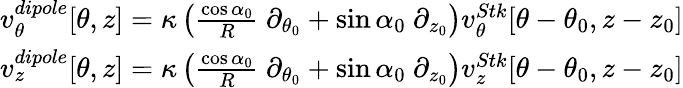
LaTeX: \begin{array}{r}{v_{\theta}^{dipole}[\theta,z]=\kappa\left(\frac{\cos\alpha_{0}}{R}~\partial_{\theta_{0}}+\sin\alpha_{0}~\partial_{z_{0}}\right)v_{\theta}^{Stk}[\theta-\theta_{0},z-z_{0}]}\\ {v_{z}^{dipole}[\theta,z]=\kappa\left(\frac{\cos\alpha_{0}}{R}~\partial_{\theta_{0}}+\sin\alpha_{0}~\partial_{z_{0}}\right)v_{z}^{Stk}[\theta-\theta_{0},z-z_{0}]}\end{array}